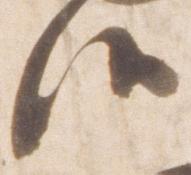
候